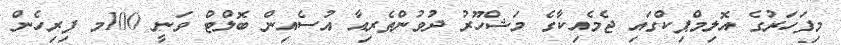
މިފަހަރުގެ އޮލިމްޕިކްގައި ޖެމެއިކާގެ މަޝްހޫރު ދުވުންތެރިއާ އުސެއިން ބޮލްޓް ވަނީ 100މ ފިރިހެން